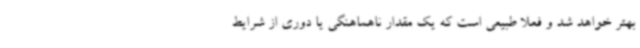
بهتر خواهد شد و فعلا طبیعی است که یک مقدار ناهماهنگی یا دوری از شرایط